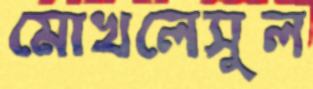
মোখলেসুল